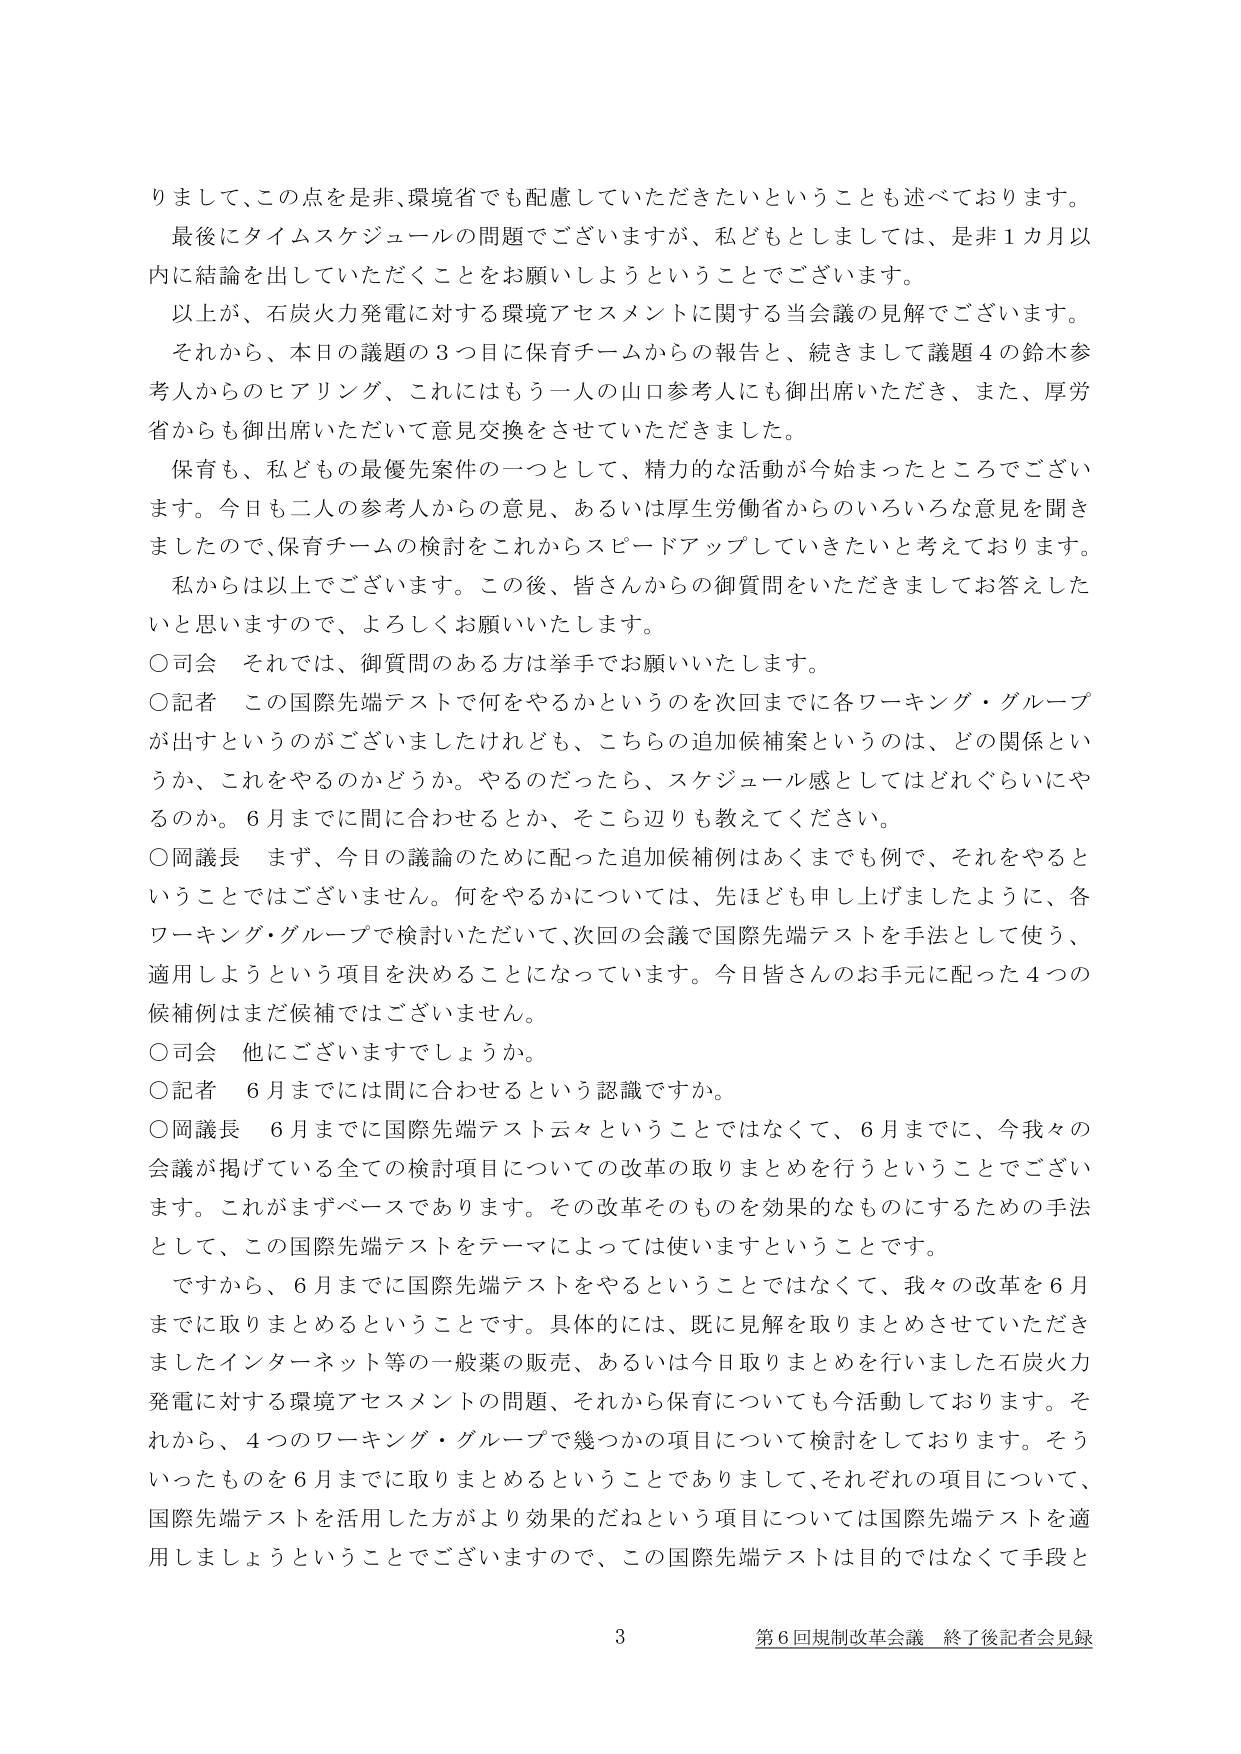
りまして、この点を是非、環境省でも配慮していただきたいということも述べております。
最後にタイムスケジュールの問題でございますが、私どもとしましては、是非１カ月以内に結論を出していただくことをお願いしようということでございます。
以上が、石炭火力発電に対する環境アセスメントに関する当会議の見解でございます。
それから、本日の議題の３つ目に保育チームからの報告と、続きまして議題４の鈴木参考人からのヒアリング、これにはもう一人の山口参考人にも御出席いただき、また、厚労省からも御出席いただいて意見交換をさせていただきました。
保育も、私どもの最優先案件の一つとして、精力的な活動が今始まったところでございます。今日も二人の参考人からの意見、あるいは厚生労働省からのいろいろな意見を聞きましたので、保育チームの検討をこれからスピードアップしていきたいと考えております。
私からは以上でございます。この後、皆さんからの御質問をいただきましてお答えしたいと思いますので、よろしくお願いいたします。
○司会　それでは、御質問のある方は挙手でお願いいたします。
○記者　この国際先端テストで何をやるかというのを次回までに各ワーキング・グループが出すというのがございましたけれども、こちらの追加候補案というのは、どの関係というか、これをやるのかどうか。やるのだったら、スケジュール感としてはどれぐらいにやるのか。６月までに間に合わせるとか、そこら辺りも教えてください。
○岡議長　まず、今日の議論のために配った追加候補例はあくまでも例で、それをやるということではございません。何をやるかについては、先ほども申し上げましたように、各ワーキング・グループで検討いただいて、次回の会議で国際先端テストを手法として使う、適用しようという項目を決めることになっています。今日皆さんのお手元に配った４つの候補例はまだ候補ではございません。
○司会　他にございますでしょうか。
○記者　６月までには間に合わせるという認識ですか。
○岡議長　６月までに国際先端テスト云々ということではなくて、６月までに、今我々の会議が掲げている全ての検討項目についての改革の取りまとめを行うということでございます。これがまずベースであります。その改革そのものを効果的なものにするための手法として、この国際先端テストをテーマによっては使いますということです。
ですから、６月までに国際先端テストをやるということではなくて、我々の改革を６月までに取りまとめるということです。具体的には、既に見解を取りまとめさせていただきましたインターネット等の一般薬の販売、あるいは今日取りまとめを行いました石炭火力発電に対する環境アセスメントの問題、それから保育についても今活動しております。それから、４つのワーキング・グループで幾つかの項目について検討をしております。そういったものを６月までに取りまとめるということでありますして、それぞれの項目について、国際先端テストを活用した方がより効果的だねという項目については国際先端テストを適用しましょうということでございますので、この国際先端テストは目的ではなくて手段と

3
第6回規制改革会議 終了後記者会見録